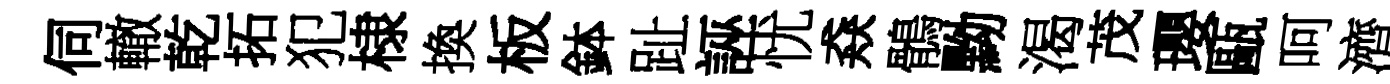
伺轍乾拓犯棣換板鉢趾誣忧猋鶻黝渴茂瓔甌呵濟